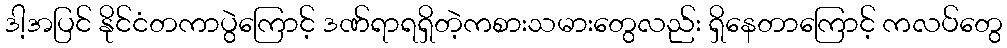
ဒါ့အပြင် နိုင်ငံတကာပွဲကြောင့် ဒဏ်ရာရရှိတဲ့ကစားသမားတွေလည်း ရှိနေတာကြောင့် ကလပ်တွေ